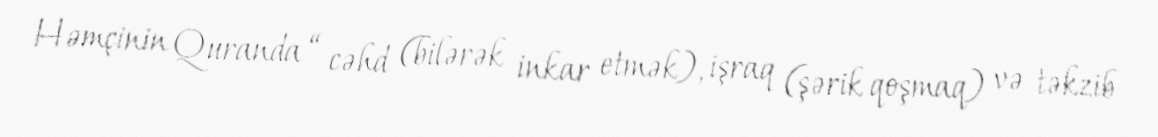
Həmçinin Quranda “ cəhd (bilərək inkar etmək), işraq (şərik qoşmaq) və təkzib